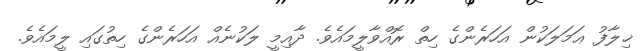
ޚިލާފު ޢަމަލަކުން އަހަރެންގެ ހިތް ރޮއްވާލީމައެވެ. ދާއިމީ ލަކުނެއް އަހަރެންގެ ހިތުގައި ލީމައެވެ.